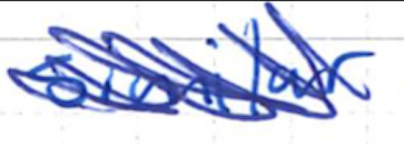
Text: similar
Cross-out: mix
Writing tool: ballpoint